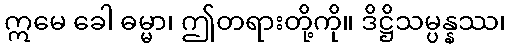
ဣမေ ခေါ ဓမ္မာ၊ ဤတရားတို့ကို။ ဒိဋ္ဌိသမ္ပန္နဿ၊